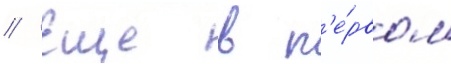
// Еще в п'е́рвом